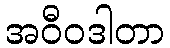
အဝီဝဒါတာ